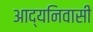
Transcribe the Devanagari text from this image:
आद्यनिवासी